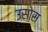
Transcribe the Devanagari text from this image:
उसोस